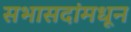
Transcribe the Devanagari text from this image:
सभासदांमधून